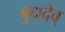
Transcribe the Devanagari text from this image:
बुधदेव्